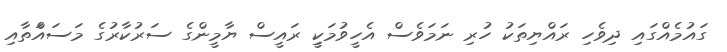
ގައުމެއްގައި ދިވެހި ރައްޔިތަކު ހުރި ނަމަވެސް އެހީވުމަކިީ ރައީސް ޔާމީންގެ ސަރުކާރުގެ މަސައްަތާއި